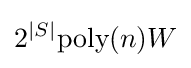
2^{|S|}{\text{poly}}(n)W